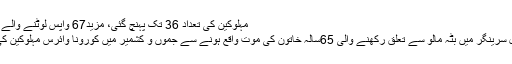
مہلوکین کی تعداد 36 تک پہنچ گئی، مزید67 واپس لوٹنے والے بھی وائرس میں مبتلا
سرینگر //صدر اسپتال سرینگر میں بٹہ مالو سے تعلق رکھنے والی 65سالہ خاتون کی موت واقع ہونے سے جموں و کشمیر میں کورونا وائرس مہلوکین کی تعداد 36ہوگئی ہے۔